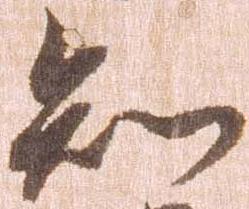
知